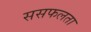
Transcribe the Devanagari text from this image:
ससफलता